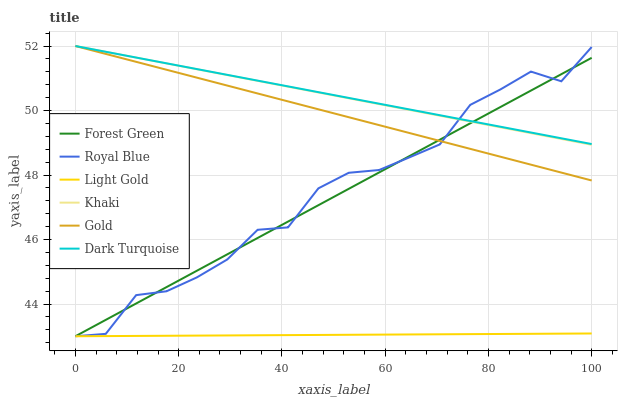
| xaxis_label | Forest Green | Royal Blue | Light Gold | Khaki | Gold | Dark Turquoise |
 | --- | --- | --- | --- | --- | --- | --- |
 | 0 | 43 | 43 | 43 | 52 | 52 | 52 |
 | 5.88 | 43.5 | 43.1 | 43 | 51.8 | 51.8 | 51.8 |
 | 11.8 | 44 | 44.3 | 43 | 51.6 | 51.5 | 51.6 |
 | 17.6 | 44.5 | 44.4 | 43 | 51.5 | 51.3 | 51.5 |
 | 23.5 | 45 | 44.8 | 43 | 51.3 | 51 | 51.3 |
 | 29.4 | 45.5 | 45.4 | 43 | 51.1 | 50.8 | 51.1 |
 | 35.3 | 46 | 46.3 | 43 | 50.9 | 50.5 | 50.9 |
 | 41.2 | 46.6 | 46.4 | 43 | 50.7 | 50.3 | 50.7 |
 | 47.1 | 47.1 | 47.6 | 43 | 50.6 | 50 | 50.6 |
 | 52.9 | 47.6 | 48.1 | 43 | 50.4 | 49.8 | 50.4 |
 | 58.8 | 48.1 | 48.2 | 43.1 | 50.2 | 49.5 | 50.2 |
 | 64.7 | 48.6 | 48.5 | 43.1 | 50 | 49.3 | 50 |
 | 70.6 | 49.1 | 48.9 | 43.1 | 49.8 | 49.1 | 49.9 |
 | 76.5 | 49.6 | 50.2 | 43.1 | 49.7 | 48.8 | 49.7 |
 | 82.4 | 50.1 | 50.7 | 43.1 | 49.5 | 48.6 | 49.5 |
 | 88.2 | 50.6 | 51.2 | 43.1 | 49.3 | 48.3 | 49.3 |
 | 94.1 | 51.1 | 50.9 | 43.1 | 49.1 | 48.1 | 49.1 |
 | 100 | 51.6 | 52 | 43.1 | 48.9 | 47.8 | 49 |